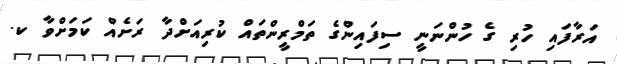
އަރާފައި ހުރި ގެ ހުންނަނީ ސިފައިންގެ ތަމްރީންތައް ކުރިއަށްދާ ރަށެއް ކަމަށްވާ ކ.